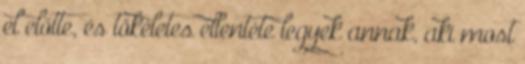
el előtte, és tökéletes ellentéte legyek annak, aki most